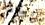
آنسات